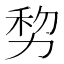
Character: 𠡴